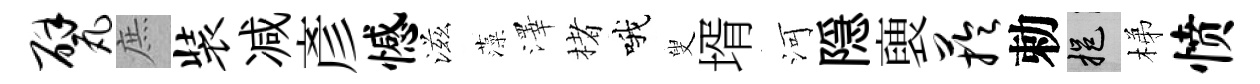
甓庶装减彥憾滋藻澤楮哦叟壻河隠褏芋勅挹梯愤